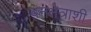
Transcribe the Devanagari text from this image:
वनक्षेत्राशी